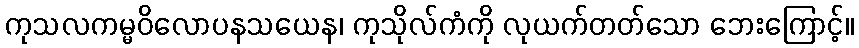
ကုသလကမ္မဝိလောပနသယေန၊ ကုသိုလ်ကံကို လုယက်တတ်သော ဘေးကြောင့်။